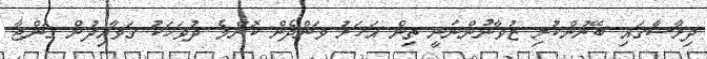
ދިރާސާގައި ބޭނުންކުރި ޒުވާނުންނަނީ ތިން އަހަރު ވަންދެން ކޮންމެ ދުވަހަކު ގަވާއިދުން ގަންޖާ